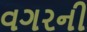
વગરની